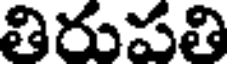
తిరుపతి